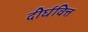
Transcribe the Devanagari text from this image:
दीर्घवित्त